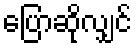
ပြောဆိုလျှင်